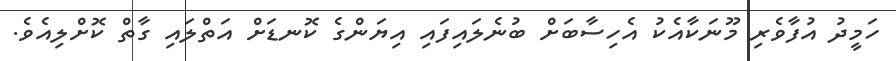
ހަމީދު އުފާވެރި މޫނަކާއެކު އެހިސާބަށް ބުނެލައިފައި އިޔަންގެ ކޮނޑަށް އަތްލައި ގާތް ކޮށްލިއެވެ.